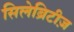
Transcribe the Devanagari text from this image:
सिलेब्रिटीज़